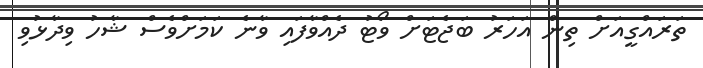
ތަރައްގީއަށް ތިން އަހަރު ބަޖެޓަށް ވޯޓު ދެއްވާފައި ވާނެ ކަމަށްވެސް ޝާހު ވިދާޅުވި